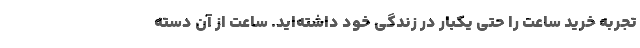
تجربه خرید ساعت را حتی یکبار در زندگی خود داشته‌اید. ساعت از آن دسته